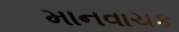
માનવાચક